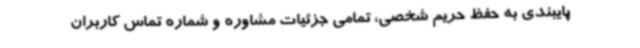
پایبندی به حفظ حریم شخصی، تمامی جزئیات مشاوره و شماره تماس کاربران